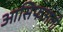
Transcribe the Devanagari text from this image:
आसिफअली